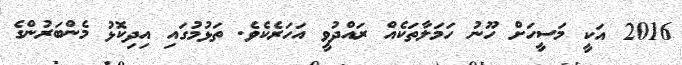
2016 އަކީ މަސީހަށް ހޫނު ހަމަލާތަކެއް ރައްދުވީ އަހަރެކެވެ. ތަޅުމުގައި އިދިކޮޅު މެންބަރުންގެ